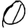
Digit: 0